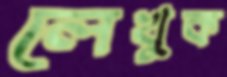
লেখুক